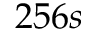
2 5 6 s